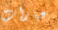
عبارات